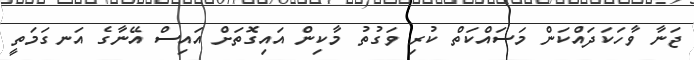
ޖަނާ ވާހަކަދައްކަން މަސައްކަތް ކުރި ވަގުތު މާކިން އައިގޮތަށް އައިސް އޭނާގެ އަނގަމަތީ